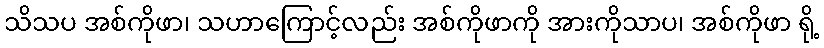
သိသပ အစ်ကိုဖာ၊ သဟာကြောင့်လည်း အစ်ကိုဖာကို အားကိုသာပ၊ အစ်ကိုဖာ ရို့